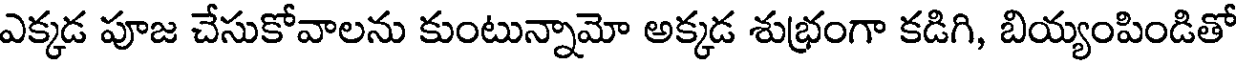
ఎక్కడ పూజ చేసుకోవాలను కుంటున్నామో అక్కడ శుభ్రంగా కడిగి, బియ్యంపిండితో